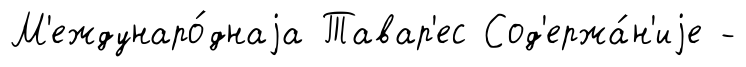
М'еждунаро́днаjа Тавар'ес Сод'ержа́н'иjе -